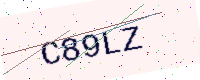
Text: C89LZ